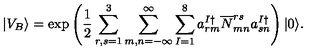
| V _ { B } \rangle = \mathrm { e x p } \left( \frac { 1 } { 2 } \sum _ { r , s = 1 } ^ { 3 } \sum _ { m , n = - \infty } ^ { \infty } \sum _ { I = 1 } ^ { 8 } a _ { r m } ^ { I \dagger } \overline { { N } } _ { m n } ^ { r s } a _ { s n } ^ { I \dagger } \right) | 0 \rangle .